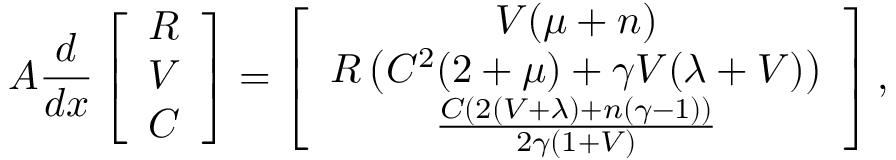
\boldsymbol { A } \frac { d } { d x } \left[ \begin{array} { c } { R } \\ { V } \\ { C } \end{array} \right] = \left[ \begin{array} { c } { V ( \mu + n ) } \\ { R \left( C ^ { 2 } ( 2 + \mu ) + \gamma V ( \lambda + V ) \right) } \\ { \frac { C \left( 2 \left( V + \lambda \right) + n ( \gamma - 1 ) \right) } { 2 \gamma ( 1 + V ) } } \end{array} \right] ,